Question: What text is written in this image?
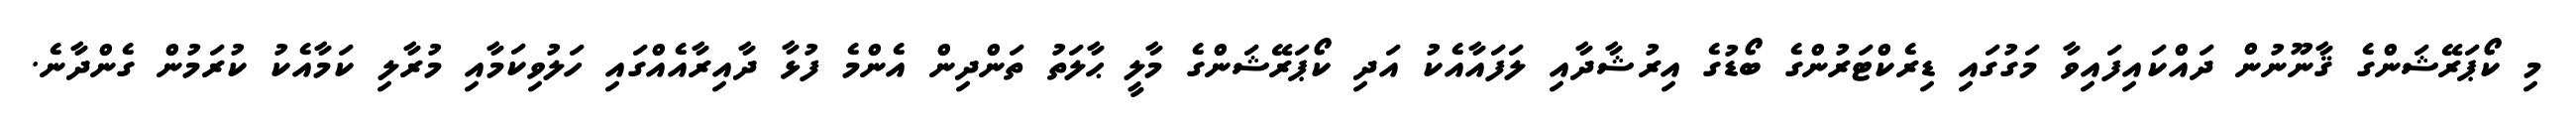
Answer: މި ކޯޕަރޭޝަންގެ ޤާނޫނުން ދައްކައިފައިވާ މަގުގައި ޑިރެކްޓަރުންގެ ބޯޑުގެ އިރުޝާދާއި ލަފައާއެކު އަދި ކޯޕަރޭޝަންގެ މާލީ ޙާލަތު ތަންދިން އެންމެ ފުޅާ ދާއިރާއެއްގައި ހަލުވިކަމާއި މުރާލި ކަމާއެކު ކުރަމުން ގެންދާނެ.